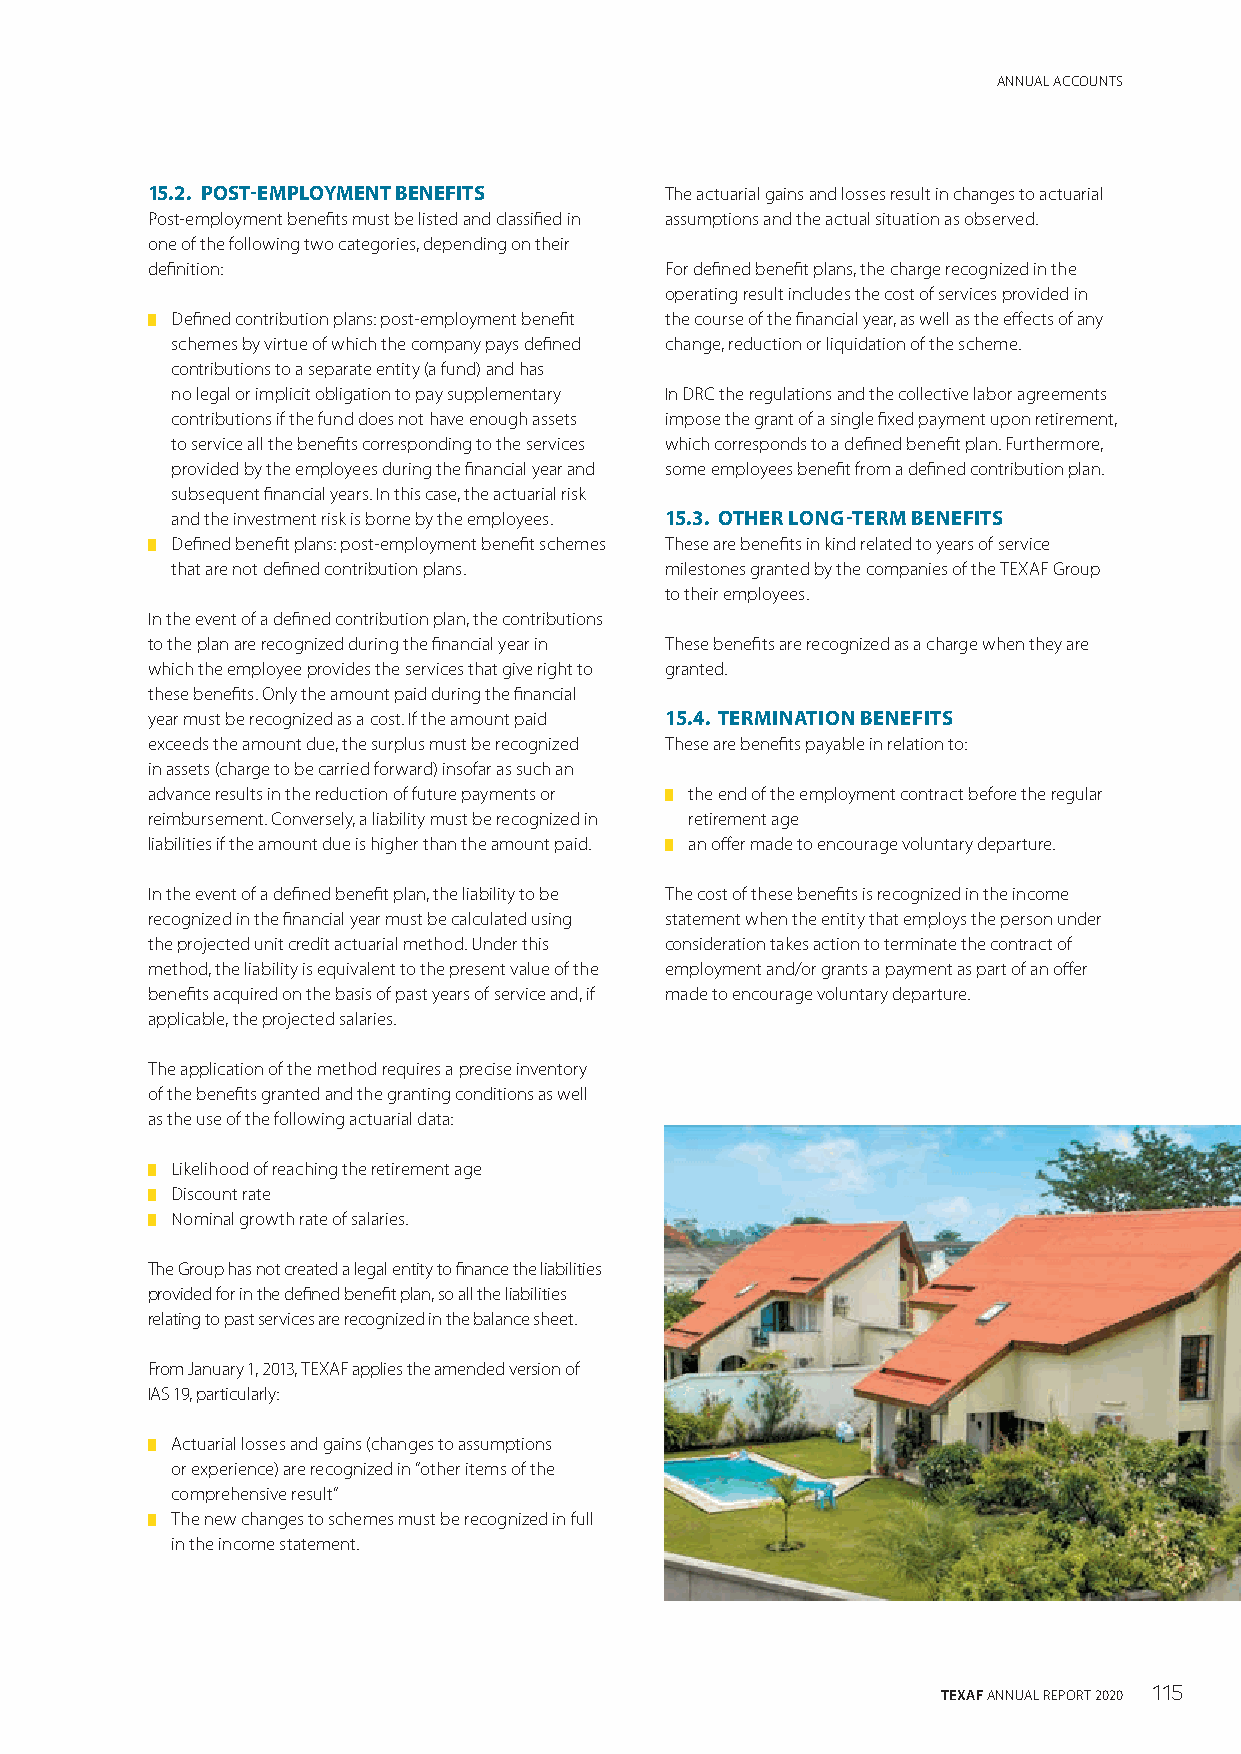
ANNUAL ACCOUNTS
 15.2. POST-EMPLOYMENT BENEFITS    The actuarial gains and losses result in changes to actuarial
 Post-employment benefits must be listed and classified in assumptions and the actual situation as observed.
 one of the following two categories, depending on their
 definition:                       For defined benefit plans, the charge recognized in the
 operating result includes the cost of services provided in
 █ Defined contribution plans: post-employment benefit the course of the financial year, as well as the effects of any
 schemes by virtue of which the company pays defined change, reduction or liquidation of the scheme.
 contributions to a separate entity (a fund) and has
 no legal or implicit obligation to pay supplementary In DRC the regulations and the collective labor agreements
 contributions if the fund does not have enough assets impose the grant of a single fixed payment upon retirement,
 to service all the benefits corresponding to the services which corresponds to a defined benefit plan. Furthermore,
 provided by the employees during the financial year and some employees benefit from a defined contribution plan.
 subsequent financial years. In this case, the actuarial risk
 and the investment risk is borne by the employees. 15.3. OTHER LONG-TERM BENEFITS
 █ Defined benefit plans: post-employment benefit schemes These are benefits in kind related to years of service
 that are not defined contribution plans. milestones granted by the companies of the TEXAF Group
 to their employees.
 In the event of a defined contribution plan, the contributions
 to the plan are recognized during the financial year in These benefits are recognized as a charge when they are
 which the employee provides the services that give right to granted.
 these benefits. Only the amount paid during the financial
 year must be recognized as a cost. If the amount paid 15.4. TERMINATION BENEFITS
 exceeds the amount due, the surplus must be recognized These are benefits payable in relation to:
 in assets (charge to be carried forward) insofar as such an
 advance results in the reduction of future payments or █ the end of the employment contract before the regular
 reimbursement. Conversely, a liability must be recognized in retirement age
 liabilities if the amount due is higher than the amount paid. █ an offer made to encourage voluntary departure.
 In the event of a defined benefit plan, the liability to be The cost of these benefits is recognized in the income
 recognized in the financial year must be calculated using statement when the entity that employs the person under
 the projected unit credit actuarial method. Under this consideration takes action to terminate the contract of
 method, the liability is equivalent to the present value of the employment and/or grants a payment as part of an offer
 benefits acquired on the basis of past years of service and, if made to encourage voluntary departure.
 applicable, the projected salaries.
 The application of the method requires a precise inventory
 of the benefits granted and the granting conditions as well
 as the use of the following actuarial data:
 █ Likelihood of reaching the retirement age
 █ Discount rate
 █ Nominal growth rate of salaries.
 The Group has not created a legal entity to finance the liabilities
 provided for in the defined benefit plan, so all the liabilities
 relating to past services are recognized in the balance sheet.
 From January 1, 2013, TEXAF applies the amended version of
 IAS 19, particularly:
 █ Actuarial losses and gains (changes to assumptions
 or experience) are recognized in “other items of the
 comprehensive result”
 █ The new changes to schemes must be recognized in full
 in the income statement.
 TEXAF ANNUAL REPORT 2020 115